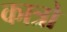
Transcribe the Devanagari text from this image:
कात्रो